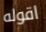
اقوله